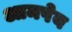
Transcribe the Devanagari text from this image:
आमपेय